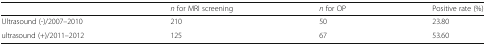
<table><thead><tr><td></td><td><b><i>n</i> for MRI screening</b></td><td><b><i>n</i> for OP</b></td><td><b>Positive rate (%)</b></td></tr></thead><tbody><tr><td>Ultrasound (-)/2007–2010</td><td>210</td><td>50</td><td>23.80</td></tr><tr><td>ultrasound (+)/2011–2012</td><td>125</td><td>67</td><td>53.60</td></tr></tbody></table>